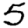
Digit: 5